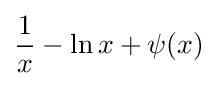
{\frac {1}{x}}-\ln x+\psi (x)